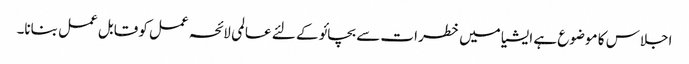
اجلاس کا موضوع ہے ایشیا میں خطرات سے بچائو کے لئے عالمی لائحہ عمل کو قابل عمل بنانا۔